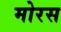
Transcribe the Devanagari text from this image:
मोरस